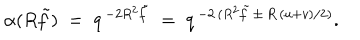
\alpha ( R \tilde { f } ) \; = \; q ^ { \, - 2 R ^ { 2 } \tilde { f } } \; = \; q ^ { \, - 2 \, ( R ^ { 2 } \tilde { f } \, \pm \, R \, ( u + v ) / 2 ) } .